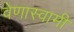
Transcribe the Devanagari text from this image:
वेणास्वामी